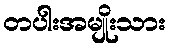
တပါးအမျိုးသား